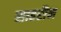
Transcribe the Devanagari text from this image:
साहरौन